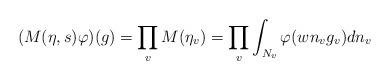
LaTeX: \begin{align*}(M(\eta,s)\varphi)(g)=\prod_{v}M(\eta_v)=\prod_v\int_{N_v}\varphi(wn_vg_v)dn_v\end{align*}